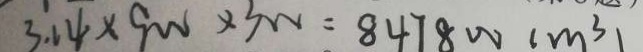
3 . 1 4 \times 9 0 0 \times 3 0 0 = 8 4 7 8 0 0 ( m ^ { 3 } )